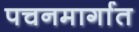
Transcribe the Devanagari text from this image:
पचनमार्गात